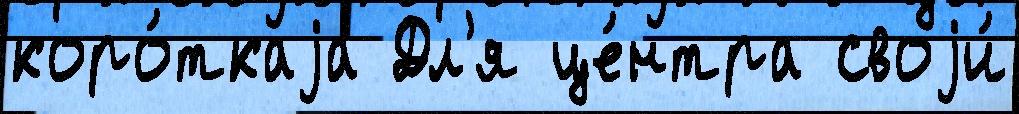
коро́ткаjа Дл'я це́нтра своjи́